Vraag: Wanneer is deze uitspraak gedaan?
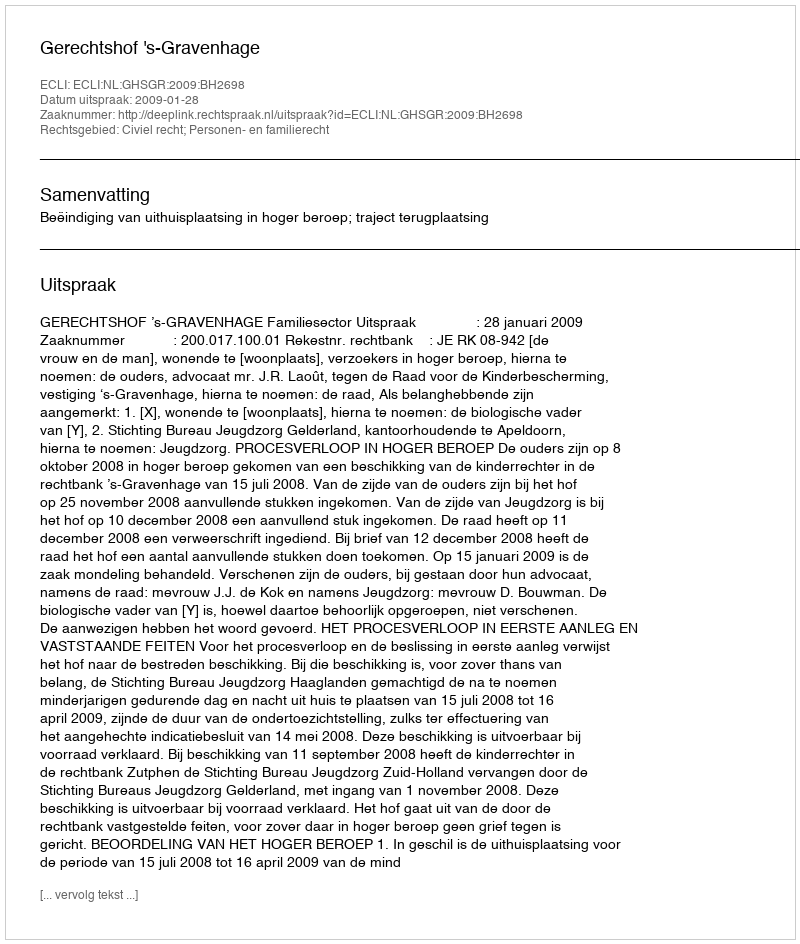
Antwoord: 2009-01-28